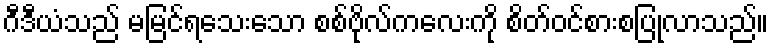
ဂီဒီယံသည် မမြင်ရသေးသော စစ်ဗိုလ်ကလေးကို စိတ်ဝင်စားစပြုလာသည်။